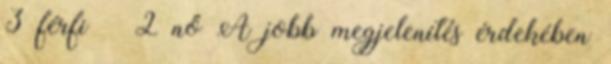
3 férfi 2 nő A jobb megjelenítés érdekében